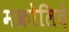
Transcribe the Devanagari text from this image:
मक्रोलिदे